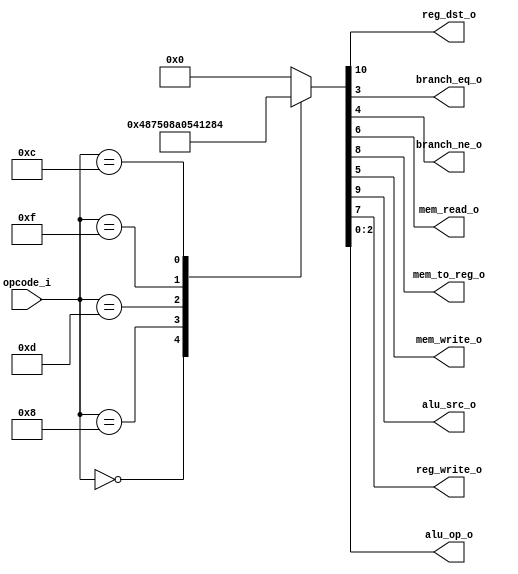
/******************************************************************
* Description
*	This is control unit for the MIPS processor. The control unit is 
*	in charge of generation of the control signals. Its only input 
*	corresponds to opcode from the instruction.
*	1.0
* Author:
*	Dr. Jos Luis Pizano Escalante
* email:
*	luispizano@iteso.mx
* Date:
*	05/07/2020
******************************************************************/
module Control
(
	input [5:0]opcode_i,
	
	output reg_dst_o,
	output branch_eq_o,
	output branch_ne_o,
	output mem_read_o,
	output mem_to_reg_o,
	output mem_write_o,
	output alu_src_o,
	output reg_write_o,
	output [2:0]alu_op_o
);

//Declarar los diferentes Opcodes para las instrucciones. Es un switch xd
localparam R_TYPE = 0;
localparam I_TYPE_ADDI = 6'H8;
localparam I_TYPE_ORI =	6'HD;
localparam I_TYPE_LUI =	6'HF;
localparam I_TYPE_ANDI = 6'HC;

reg [10:0] control_values_r;

always@(opcode_i) begin

	case(opcode_i)
	
		R_TYPE     :  control_values_r = 11'b1_001_00_00_111; // mismo OpCode para todas las tipo R
		I_TYPE_ADDI:  control_values_r = 11'b0_101_00_00_100; // ultimos 3 bits son random (pero no se pueden rep.)
		I_TYPE_ORI :  control_values_r = 11'b0_101_00_00_001;
		I_TYPE_LUI :  control_values_r = 11'b0_101_00_00_010;
		I_TYPE_ANDI:  control_values_r = 11'b0_101_00_00_011;

		default:
			control_values_r = 11'b0000000000;
	endcase
		
end	
	
assign reg_dst_o = control_values_r[10];  // es el destino (vara entre las tipo R y las tipo I -> rd, rt)
assign alu_src_o = control_values_r[9];   // el dato que entra a la ALU viene como constante o viene del regFile?
assign mem_to_reg_o = control_values_r[8];// bandera que indica si se escribe en registros con un valor de mmry
assign reg_write_o = control_values_r[7]; // bandera para saber si se escribe en registros o no
assign mem_read_o = control_values_r[6];  // cuando se lee de memoria
assign mem_write_o = control_values_r[5]; // cuando se escribe en memoria
assign branch_ne_o = control_values_r[4]; // para bnq
assign branch_eq_o = control_values_r[3]; // para beq
assign alu_op_o = control_values_r[2:0];	// 3 primeros bits = ALU Op

endmodule